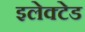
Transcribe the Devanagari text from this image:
इलेक्टेड